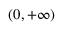
( 0 , + \infty )